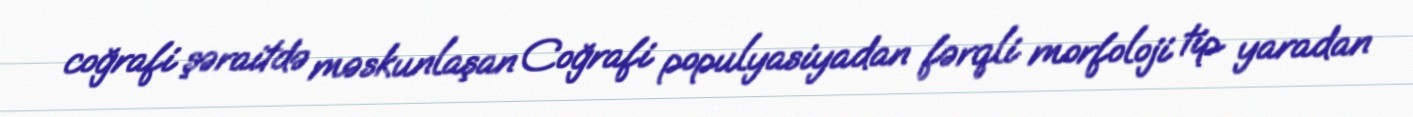
coğrafi şəraitdə məskunlaşan Coğrafi populyasiyadan fərqli morfoloji tip yaradan